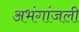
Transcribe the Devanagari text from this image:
अभंगांजली